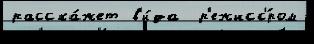
расска́жет в'и́да  р'ежисс'́ром